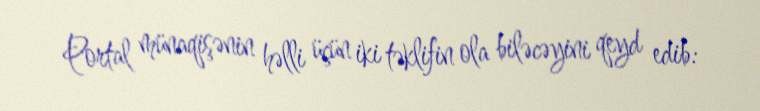
Portal münaqişənin həlli üçün iki təklifin ola biləcəyini qeyd edib: